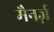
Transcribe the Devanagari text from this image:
मैनर्ज़